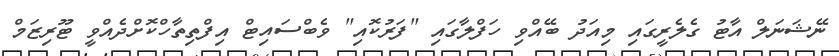
ނޭޝަނަލް އާޓު ގެލެރީގައި މިއަދު ބޭއްވި ހަފްލާގައި "ފަރުކޮއި" ވެބްސައިޓް އިފްތިތާހްކޮށްދެއްވީ ޓޫރިޒަމް